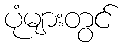
ပုံများတွင်